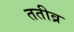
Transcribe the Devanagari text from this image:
ततीव्र